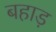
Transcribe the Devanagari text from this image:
बहाड़